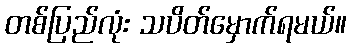
တစ်ပြည်လုံး သပိတ်မှောက်ရမယ်။